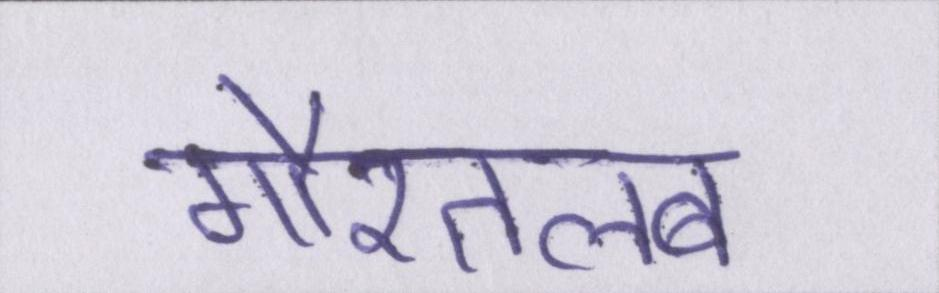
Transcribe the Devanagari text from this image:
गौरतलब